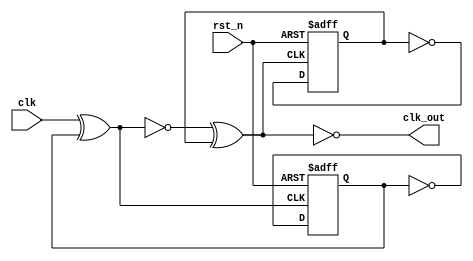
module clock_4times(
    input       clk,
    input       rst_n,
    output      clk_out
);
    
wire    clock_out1;

reg     q_r1;
always @(posedge clock_out1 or negedge rst_n) begin
    if(!rst_n)
        q_r1 <= 1'b0;
    else
        q_r1 <= ~q_r1;
end

assign clock_out1 = ~(clk ^ q_r1);

reg     q_r2;
always @(posedge clk_out or negedge rst_n) begin
    if(!rst_n)
        q_r2 <= 1'b0;
    else
        q_r2 <= ~q_r2;
end

assign clk_out = ~(clock_out1 ^ q_r2);

endmodule